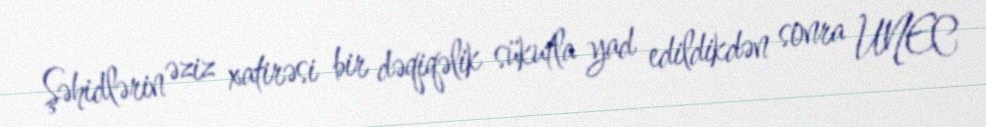
Şəhidlərin əziz xatirəsi bir dəqiqəlik sükutla yad edildikdən sonra UNEC